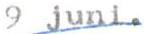
9 juni.